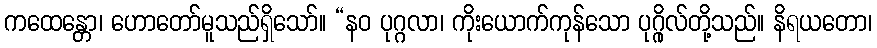
ကထေန္တော၊ ဟောတော်မူသည်ရှိသော်။ “နဝ ပုဂ္ဂလာ၊ ကိုးယောက်ကုန်သော ပုဂ္ဂိုလ်တို့သည်။ နိရယတော၊